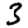
Digit: 3